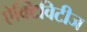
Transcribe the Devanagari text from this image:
ऐक्टिविटीज